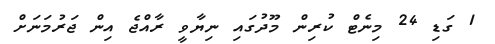
1 ގަޑި 24 މިނެޓް ކުރިން މޫދުގައި ނިޔާވީ ރާއްޖެ އިން ޖަރުމަނަށް